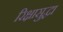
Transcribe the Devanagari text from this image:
रिक्षासुद्धा